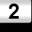
Digit: 2